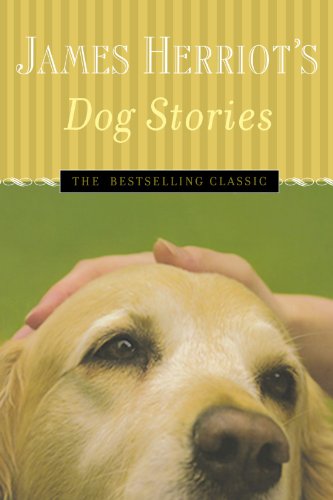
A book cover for James Herriot's Dog Stories: Warm And Wonderful Stories About The Animals Herriot Loves Best; James Herriot; Crafts, Hobbies & Home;